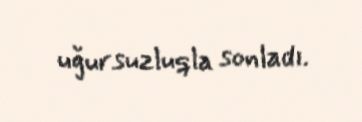
uğursuzluqla sonladı.